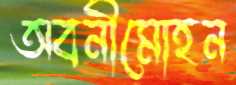
অবনীমোহন